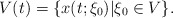
\begin{align*}V(t)=\{x(t;\xi_0)| \xi_0 \in V\}.\end{align*}